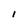
Character: l